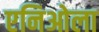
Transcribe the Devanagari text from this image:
एनिओला